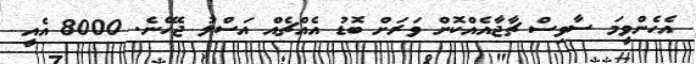
އެހެންވީމަ ސާވިސް ޗާޖާއެއްކޮށް ވަރަށް ބޮޑު އެއްޗެއް އަސްލު ޖެހޭނެ. 8000 އެއީ